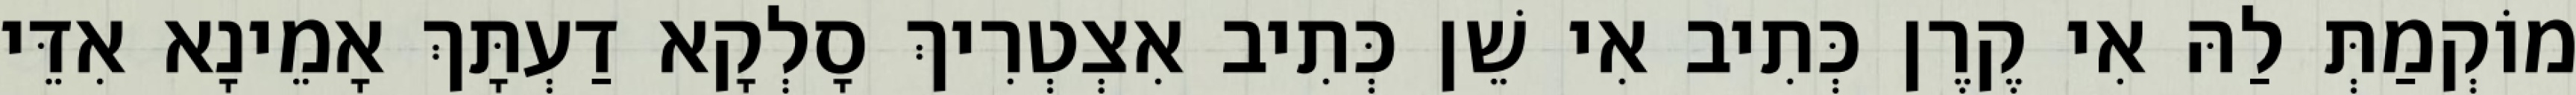
מוֹקְמַתְּ לַהּ אִי קֶרֶן כְּתִיב אִי שֵׁן כְּתִיב אִצְטְרִיךְ סָלְקָא דַעְתָּךְ אָמֵינָא אִדֵּי